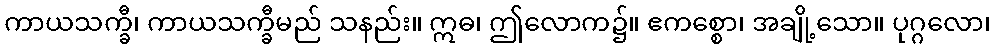
ကာယသက္ခီ၊ ကာယသက္ခီမည် သနည်း။ ဣဓ၊ ဤလောက၌။ ဧကစ္စော၊ အချို့သော။ ပုဂ္ဂလော၊